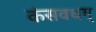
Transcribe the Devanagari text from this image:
कंसवधम्